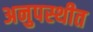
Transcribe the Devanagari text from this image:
अनुपस्थीत